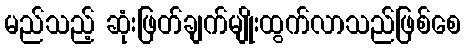
မည်သည့် ဆုံးဖြတ်ချက်မျိုးထွက်လာသည်ဖြစ်စေ